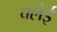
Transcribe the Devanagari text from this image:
क्लेई